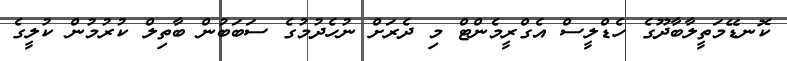
ކޮނޑޭމަތީލާބާދޫގެ ހެޑްލީސް އެގްރީމެންޓް މި ދެރަށް ނުހެދުމުގެ ސަބަބުން ބާތިލް ކުރުމުން ކުލީގެ